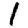
Digit: 1